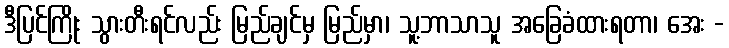
ဒီပြင်ကြိုး သွားတီးရင်လည်း မြည်ချင်မှ မြည်မှာ၊ သူ့ဘာသာသူ အခြေခံထားရတာ၊ အေး -